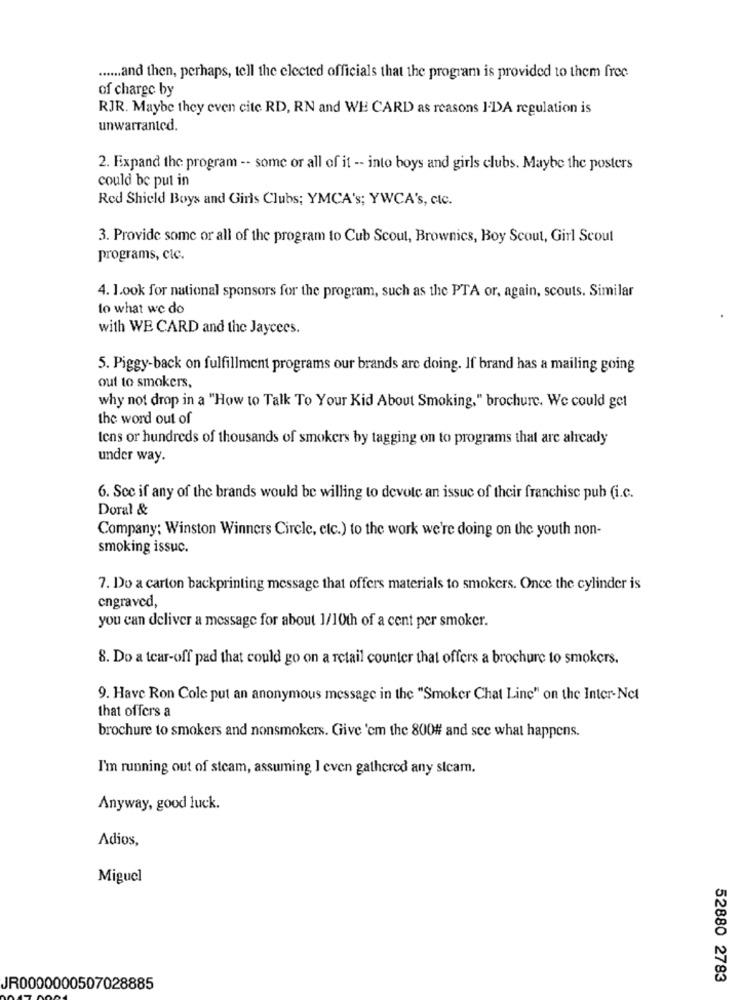
...... and then, perhaps, tell the elected officials that the program is provided to them free
of charge by
RJR. Maybe they even cite RD, RN and WE CARD as reasons I.DA regulation is
unwarranted.
2. Expand the program -- some or all of it -- into boys and girls clubs. Maybe the posters
could be put in
Red Shield Boys and Girls Clubs; YMCA's; YWCA's, ctc.
3. Provide some or all of the program to Cub Scout, Brownics, Boy Scout, Girl Scout
programs, cic.
4. 1.ook for national sponsors for the program, such as the PTA or, again, scouts. Similar
to what we do
with WE CARD and the Jaycees.
5. Piggy-back on fulfillment programs our brands are doing. If brand has a mailing going
out to smokers,
why not drop in a "How to Talk To Your Kid About Smoking," brochure. We could get
the word out of
tens or hundreds of thousands of smokers by tagging on to programs that are already
under way.
6. See if any of the brands would be willing to devote an issue of their franchise pub (i.c.
Doral &
Company: Winston Winners Circle, etc.) to the work we're doing on the youth non-
smoking issuc.
7. Do a carton backprinting message that offers materials to smokers. Once the cylinder is
engraved,
you can deliver a message for about 1/10th of a cent per smoker.
8. Do a tear-off pad that could go on a retail counter that offers a brochure to smokers.
9. Have Ron Cole put an anonymous message in the "Smoker Chat Line" on the Inter-Net
that offers a
brochure to smokers and nonsmokers. Give 'cm the 800# and see what happens.
I'm running out of steam, assuming I even gathered any sicam.
Anyway, good luck.
Adios,
Miguel
52880 2783
JR0000000507028885